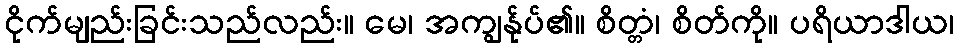
ငိုက်မျည်းခြင်းသည်လည်း။ မေ၊ အကျွန်ုပ်၏။ စိတ္တံ၊ စိတ်ကို။ ပရိယာဒါယ၊